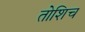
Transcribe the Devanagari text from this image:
तोशिच